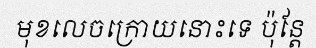
មុខលេចក្រោយនោះទេ ប៉ុន្តែ